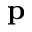
\mathbf { p }